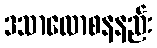
ဒသာလောစနနည်း